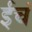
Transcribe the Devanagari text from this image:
ईचं